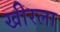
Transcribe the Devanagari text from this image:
खीरला